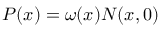
P ( x ) = \omega ( x ) N ( x , 0 )